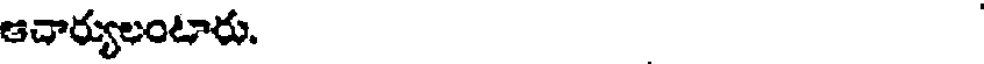
ఆచార్యులంటారు.